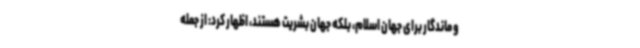
و ماندگار برای جهان اسلام، بلکه جهان بشریت هستند، اظهار کرد: از جمله